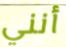
أنني